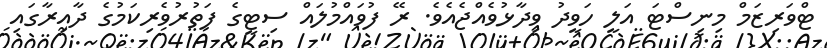
ޓްވަރިޒަމް މިނިސްޓަ އަލީ ހަވީދު ވިދާޅުވެއްޖެއެވެ. ރޭ ފުވައްމުލައް ސިޓީގެ ފަތުރުވެރިކަމުގެ ދާއިރާގައި